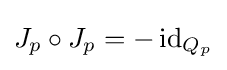
J_{p}\circ J_{p}=-\operatorname {id} _{Q_{p}}